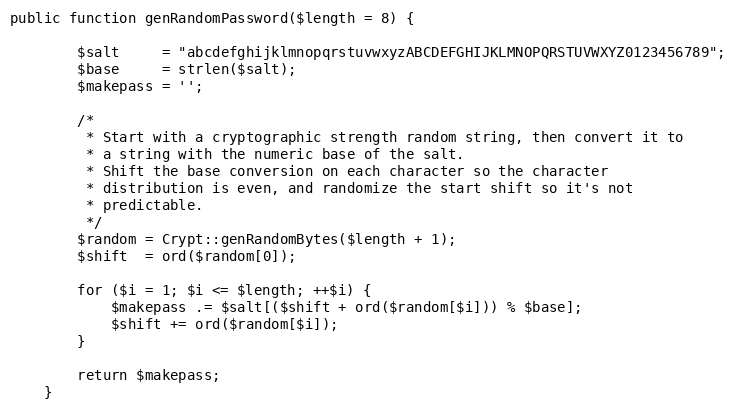
Language: PHP
public function genRandomPassword($length = 8) {

        $salt     = "abcdefghijklmnopqrstuvwxyzABCDEFGHIJKLMNOPQRSTUVWXYZ0123456789";
        $base     = strlen($salt);
        $makepass = '';

        /*
         * Start with a cryptographic strength random string, then convert it to
         * a string with the numeric base of the salt.
         * Shift the base conversion on each character so the character
         * distribution is even, and randomize the start shift so it's not
         * predictable.
         */
        $random = Crypt::genRandomBytes($length + 1);
        $shift  = ord($random[0]);

        for ($i = 1; $i <= $length; ++$i) {
            $makepass .= $salt[($shift + ord($random[$i])) % $base];
            $shift += ord($random[$i]);
        }

        return $makepass;
    }